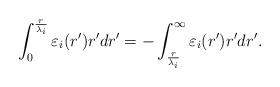
LaTeX: \begin{align*}\int_0^{\frac{r}{\lambda_i}}\varepsilon_i(r')r' dr'=-\int_{\frac{r}{\lambda_i}}^\infty\varepsilon_i(r')r' dr'.\end{align*}